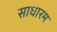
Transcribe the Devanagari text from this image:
साधारम